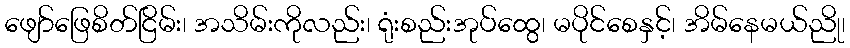
ဖျော်ဖြေစိတ်ငြိမ်း၊ အသိမ်းကိုလည်း၊ ရုံးစည်းအုပ်ထွေ၊ မပိုင်စေနှင့်၊ အိမ်နေမယ်ညို၊